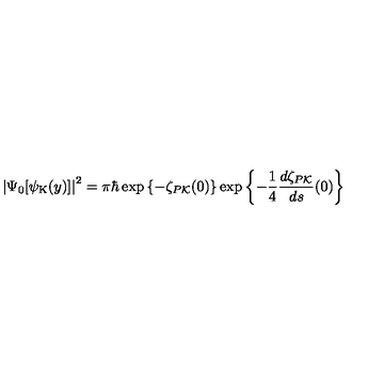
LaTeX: \left| \Psi _ { 0 } [ { \psi } _ { \mathrm { K } } ( y ) ] \right| ^ { 2 } = \pi \hbar \exp \left\{ - \zeta _ { P { \cal K } } ( 0 ) \right\} \exp \left\{ - \frac { 1 } { 4 } \frac { d \zeta _ { P { \cal K } } } { d s } ( 0 ) \right\}